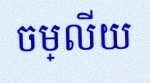
ចម្លើយ